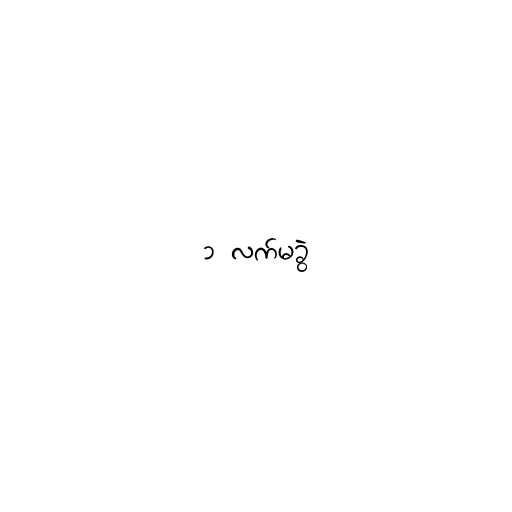
၁ လက်မခွဲ